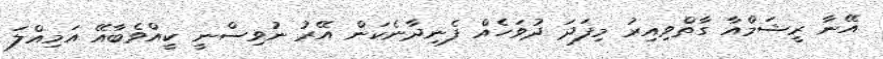
އޭނާ ރީޝަމްއާ ގާތްވިއިރު މިފަދަ ދުވަހެއް ފެނިދާނެކަން އޭރު ނުވިސްނީ ކީއްވެބާއޭ އަމިއްލަ